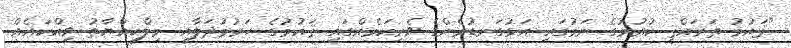
"ޤައުމު ތަރައްޤީ ކުރުމުގެ ނަމުގައި އަޅުގަނޑުމެންގެ ވެރިކަމެއްގައި ޤައުމުގެ ހަރުމުދަލާއި މިލްކިއްޔާތު ވިއްކައެއް